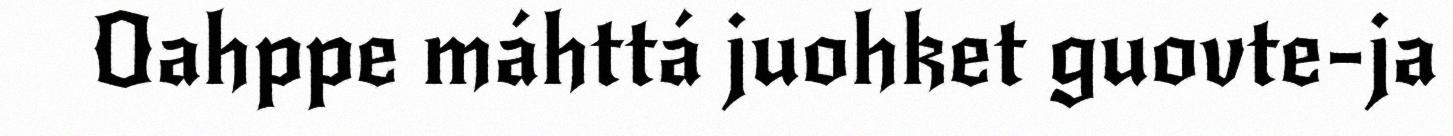
Oahppe máhttá juohket guovte-ja